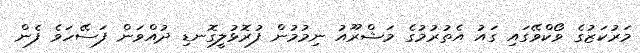
މަރުކަޒުގެ ވޯކްވޭގައި ގައު އެތުރުމުގެ މަޝްރޫއު ނިމުމުން ފުރޮޅުލީގޮނޑި ދުއްވަން ފަސޭހަވެ ފެން